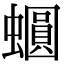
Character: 𧒪